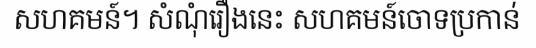
សហគមន៍។ សំណុំរឿងនេះ សហគមន៍ចោទប្រកាន់